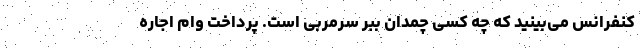
کنفرانس می‌بینید که چه کسی چمدان ببر سرمربی است. پرداخت وام اجاره